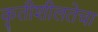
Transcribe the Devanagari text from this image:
कृतीशीलतेचा